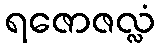
ရဇောဇလ္လံ